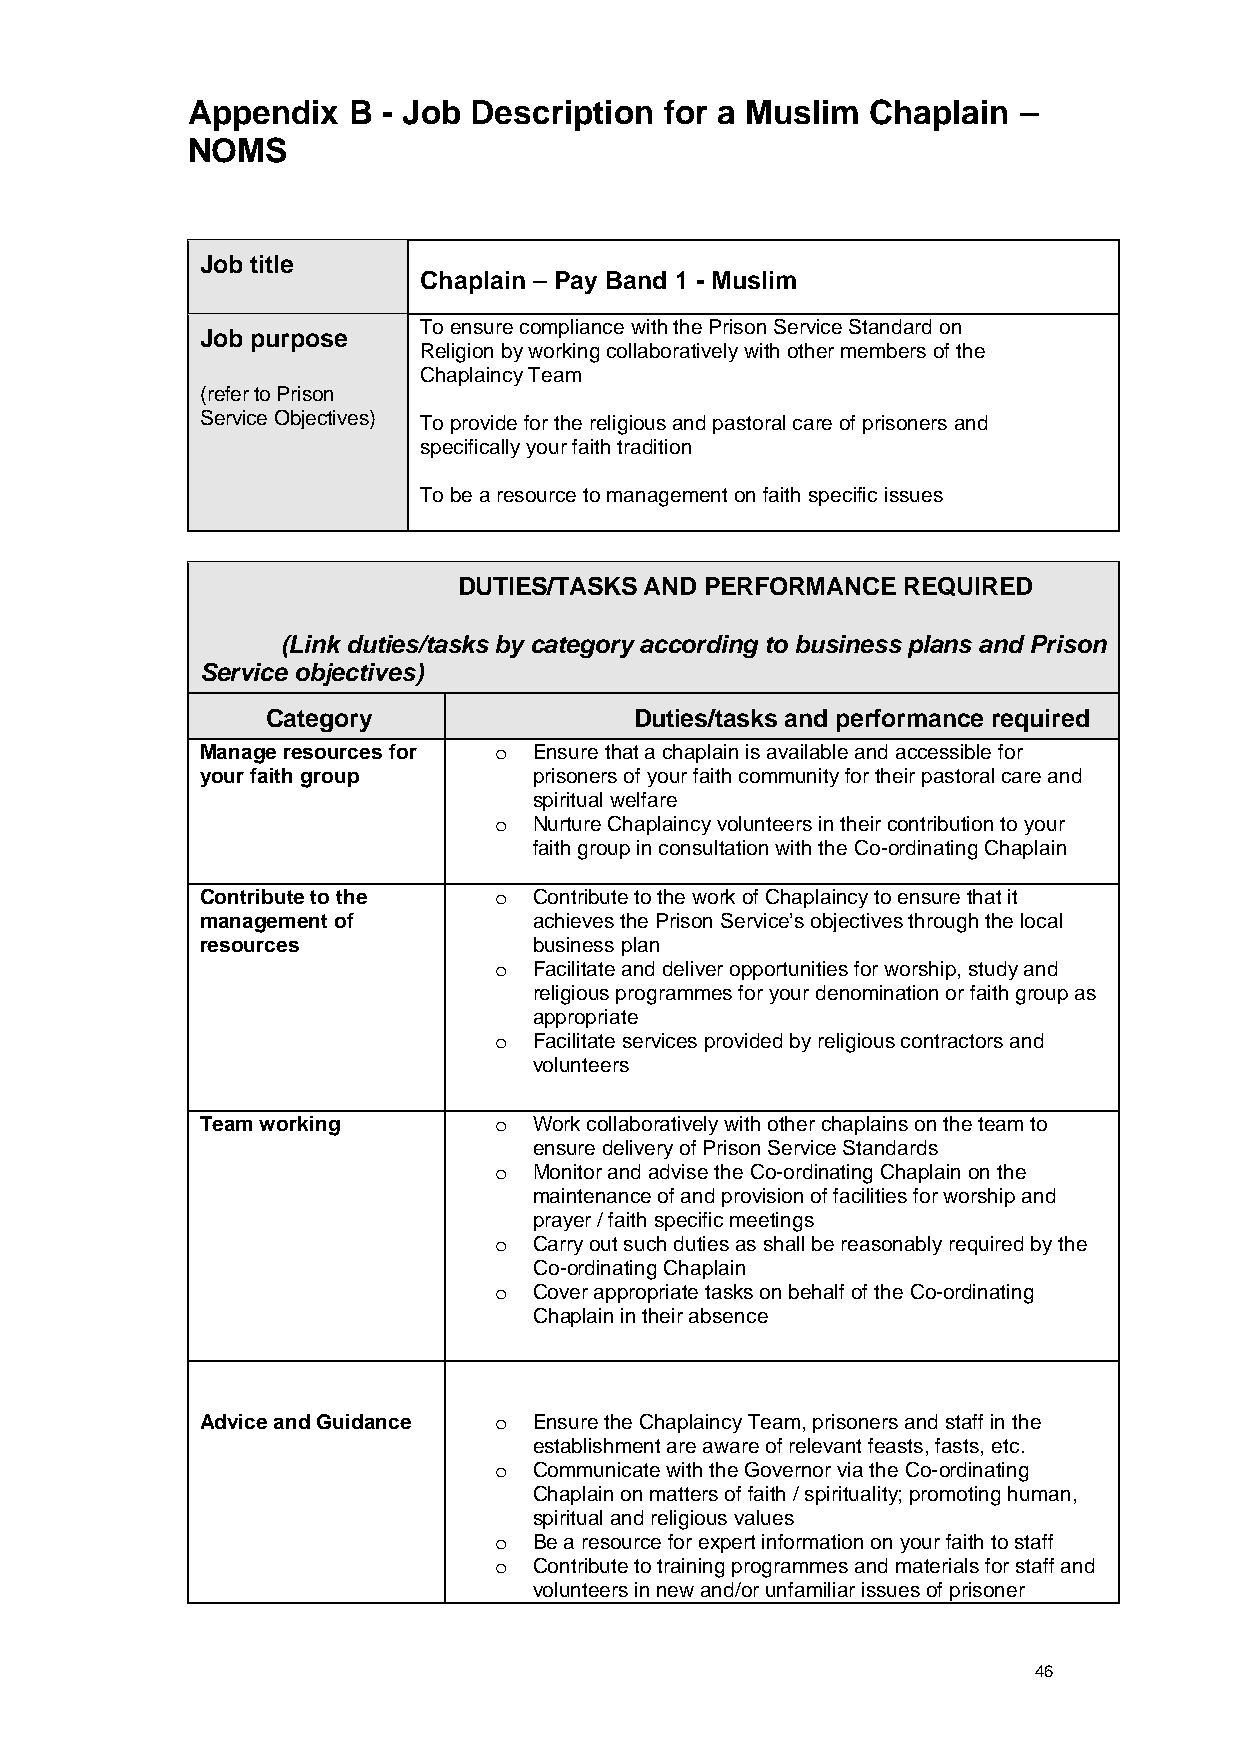
Appendix   B - Job Description  for a Muslim  Chaplain –
 NOMS
 Job title
 Chaplain – Pay Band 1 - Muslim
 To ensure compliance with the Prison Service Standard on
 Job purpose
 Religion by working collaboratively with other members of the
 Chaplaincy Team
 (refer to Prison
 Service Objectives) To provide for the religious and pastoral care of prisoners and
 specifically your faith tradition
 To be a resource to management on faith specific issues
 DUTIES/TASKS AND PERFORMANCE  REQUIRED
 (Link duties/tasks by category according to business plans and Prison
 Service objectives)
 Category                Duties/tasks and performance required
 Manage resources for o Ensure that a chaplain is available and accessible for
 your faith group      prisoners of your faith community for their pastoral care and
 spiritual welfare
 Nurture Chaplaincy volunteers in their contribution to your
 o
 faith group in consultation with the Co-ordinating Chaplain
 Contribute to the   o Contribute to the work of Chaplaincy to ensure that it
 management of         achieves the Prison Service’s objectives through the local
 resources             business plan
 Facilitate and deliver opportunities for worship, study and
 o
 religious programmes for your denomination or faith group as
 appropriate
 Facilitate services provided by religious contractors and
 o
 volunteers
 Team working        o Work collaboratively with other chaplains on the team to
 ensure delivery of Prison Service Standards
 Monitor and advise the Co-ordinating Chaplain on the
 o
 maintenance of and provision of facilities for worship and
 prayer / faith specific meetings
 Carry out such duties as shall be reasonably required by the
 o
 Co-ordinating Chaplain
 Cover appropriate tasks on behalf of the Co-ordinating
 o
 Chaplain in their absence
 Advice and Guidance o Ensure the Chaplaincy Team, prisoners and staff in the
 establishment are aware of relevant feasts, fasts, etc.
 Communicate with the Governor via the Co-ordinating
 o
 Chaplain on matters of faith / spirituality; promoting human,
 spiritual and religious values
 Be a resource for expert information on your faith to staff
 o
 Contribute to training programmes and materials for staff and
 o
 volunteers in new and/or unfamiliar issues of prisoner
 46